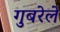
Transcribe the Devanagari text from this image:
गुबरेले